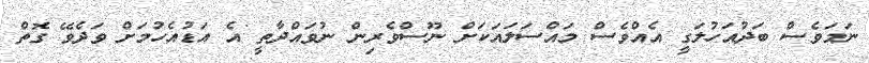
ނަމަވެސް ބަދުއަހުލަގީ އެއްވެސް މައްސަލައަކަށް ނޫސްވެރިން ނުވައްދާތީ އެ އަޑުއެހުމަށް ވަދެވޭ ގޮތް